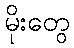
မိုးတွေ